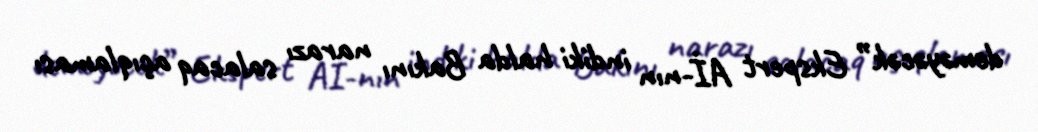
deməyəcək” Ekspert Aİ-nın indiki halda Bakını narazı salacaq açıqlaması